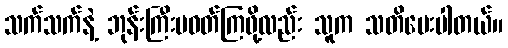
သက်သက်နဲ့ ဘုန်းကြီးမဝတ်ကြဖို့လည်း သူက သတိပေးပါတယ်။